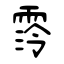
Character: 霗